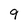
Character: 9